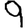
Digit: 9